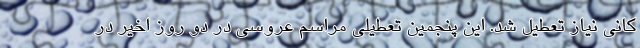
کانی نیاز تعطیل شد. این پنجمین تعطیلی مراسم عروسی در دو روز اخیر در